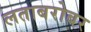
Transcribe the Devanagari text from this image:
लताबरोबर